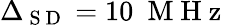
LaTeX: \Delta_{\mathrm{~S~D~}}=10~\mathrm{~M~H~z~}